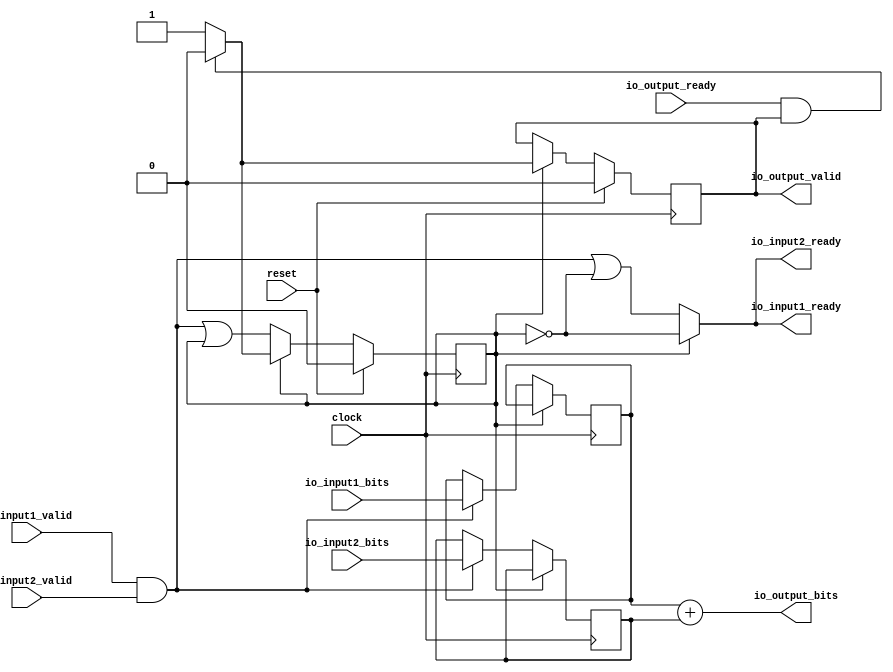
module Add(
  input         clock,
  input         reset,
  output        io_input1_ready,
  input         io_input1_valid,
  input  [27:0] io_input1_bits,
  output        io_input2_ready,
  input         io_input2_valid,
  input  [27:0] io_input2_bits,
  input         io_output_ready,
  output        io_output_valid,
  output [27:0] io_output_bits
);
`ifdef RANDOMIZE_REG_INIT
  reg [31:0] _RAND_0;
  reg [31:0] _RAND_1;
  reg [31:0] _RAND_2;
  reg [31:0] _RAND_3;
`endif // RANDOMIZE_REG_INIT
  reg [27:0] x; // @[arithmetic.scala 105:26]
  reg [27:0] y; // @[arithmetic.scala 106:26]
  reg  busy; // @[arithmetic.scala 107:30]
  reg  resultValid; // @[arithmetic.scala 108:30]
  wire  _io_input1_ready_T = ~busy; // @[arithmetic.scala 110:24]
  wire  _GEN_2 = io_input1_valid & io_input2_valid | ~busy; // @[arithmetic.scala 124:51 Decoupled.scala 81:20 arithmetic.scala 110:21]
  wire  _GEN_6 = io_input1_valid & io_input2_valid | busy; // @[arithmetic.scala 124:51 131:18 107:30]
  assign io_input1_ready = busy ? ~busy : _GEN_2; // @[arithmetic.scala 115:17 110:21]
  assign io_input2_ready = busy ? _io_input1_ready_T : _GEN_2; // @[arithmetic.scala 115:17 111:21]
  assign io_output_valid = resultValid; // @[arithmetic.scala 112:21]
  assign io_output_bits = x + y; // @[arithmetic.scala 116:28]
  always @(posedge clock) begin
    if (!(busy)) begin // @[arithmetic.scala 115:17]
      if (io_input1_valid & io_input2_valid) begin // @[arithmetic.scala 124:51]
        x <= io_input1_bits; // @[arithmetic.scala 128:15]
      end
    end
    if (!(busy)) begin // @[arithmetic.scala 115:17]
      if (io_input1_valid & io_input2_valid) begin // @[arithmetic.scala 124:51]
        y <= io_input2_bits; // @[arithmetic.scala 129:15]
      end
    end
    if (reset) begin // @[arithmetic.scala 107:30]
      busy <= 1'h0; // @[arithmetic.scala 107:30]
    end else if (busy) begin // @[arithmetic.scala 115:17]
      if (io_output_ready & resultValid) begin // @[arithmetic.scala 119:49]
        busy <= 1'h0; // @[arithmetic.scala 120:18]
      end
    end else begin
      busy <= _GEN_6;
    end
    if (reset) begin // @[arithmetic.scala 108:30]
      resultValid <= 1'h0; // @[arithmetic.scala 108:30]
    end else if (busy) begin // @[arithmetic.scala 115:17]
      if (io_output_ready & resultValid) begin // @[arithmetic.scala 119:49]
        resultValid <= 1'h0; // @[arithmetic.scala 121:25]
      end else begin
        resultValid <= 1'h1; // @[arithmetic.scala 117:21]
      end
    end
  end
// Register and memory initialization
`ifdef RANDOMIZE_GARBAGE_ASSIGN
`define RANDOMIZE
`endif
`ifdef RANDOMIZE_INVALID_ASSIGN
`define RANDOMIZE
`endif
`ifdef RANDOMIZE_REG_INIT
`define RANDOMIZE
`endif
`ifdef RANDOMIZE_MEM_INIT
`define RANDOMIZE
`endif
`ifndef RANDOM
`define RANDOM $random
`endif
`ifdef RANDOMIZE_MEM_INIT
  integer initvar;
`endif
`ifndef SYNTHESIS
`ifdef FIRRTL_BEFORE_INITIAL
`FIRRTL_BEFORE_INITIAL
`endif
initial begin
  `ifdef RANDOMIZE
    `ifdef INIT_RANDOM
      `INIT_RANDOM
    `endif
    `ifndef VERILATOR
      `ifdef RANDOMIZE_DELAY
        #`RANDOMIZE_DELAY begin end
      `else
        #0.002 begin end
      `endif
    `endif
`ifdef RANDOMIZE_REG_INIT
  _RAND_0 = {1{`RANDOM}};
  x = _RAND_0[27:0];
  _RAND_1 = {1{`RANDOM}};
  y = _RAND_1[27:0];
  _RAND_2 = {1{`RANDOM}};
  busy = _RAND_2[0:0];
  _RAND_3 = {1{`RANDOM}};
  resultValid = _RAND_3[0:0];
`endif // RANDOMIZE_REG_INIT
  `endif // RANDOMIZE
end // initial
`ifdef FIRRTL_AFTER_INITIAL
`FIRRTL_AFTER_INITIAL
`endif
`endif // SYNTHESIS
endmodule